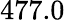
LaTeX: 477.0